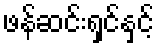
ဖန်ဆင်းရှင်နှင့်